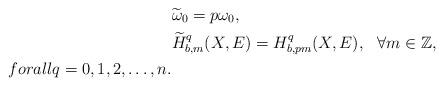
LaTeX: \begin{align*} &\widetilde\omega_0=p\omega_0, \\&\widetilde H^q_{b,m}(X,E)=H^q_{b,pm}(X,E),\ \ \forall m\in\mathbb{Z},\ \\forall q=0,1,2,\ldots,n.\end{align*}